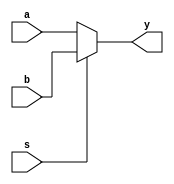
module mux2x1b (
    input a, 
    input b, 
    input s, 
    output y
);
    assign y = s?b:a;
endmodule